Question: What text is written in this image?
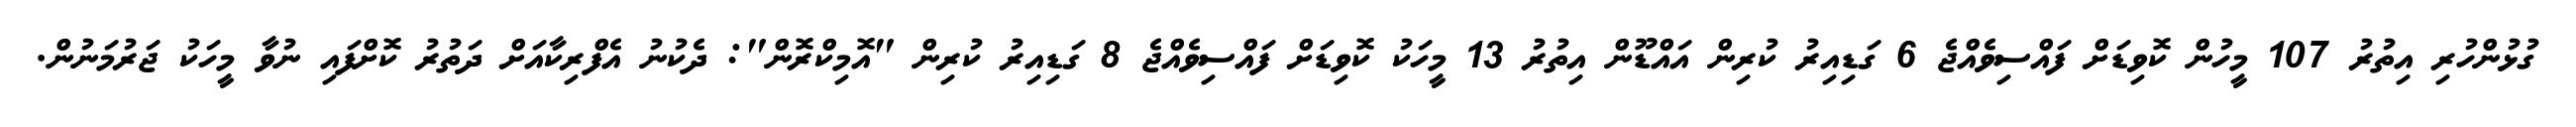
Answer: ގުޅުންހުރި އިތުރު 107 މީހުން ކޮވިޑަށް ފައްސިވެއްޖެ 6 ގަޑިއިރު ކުރިން އައްޑޫން އިތުރު 13 މީހަކު ކޮވިޑަށް ފައްސިވެއްޖެ 8 ގަޑިއިރު ކުރިން "އޮމިކްރޮން": ދެކުނު އެފްރިކާއަށް ދަތުރު ކޮށްފައި ނުވާ މީހަކު ޖަރުމަނުން.